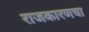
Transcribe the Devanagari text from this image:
राजकारणचा